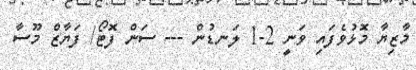
މާޒިޔާ މޮޅުވެފައި ވަނީ 2-1 ލަނޑުން --- ސަން ފޮޓޯ/ ފަޔާޒް މޫސާ